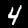
Digit: 4